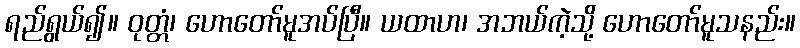
ရည်ရွယ်၍။ ဝုတ္တံ၊ ဟောတော်မူအပ်ပြီ။ ယထာဟ၊ အဘယ်ကဲ့သို့ ဟောတော်မူသနည်း။